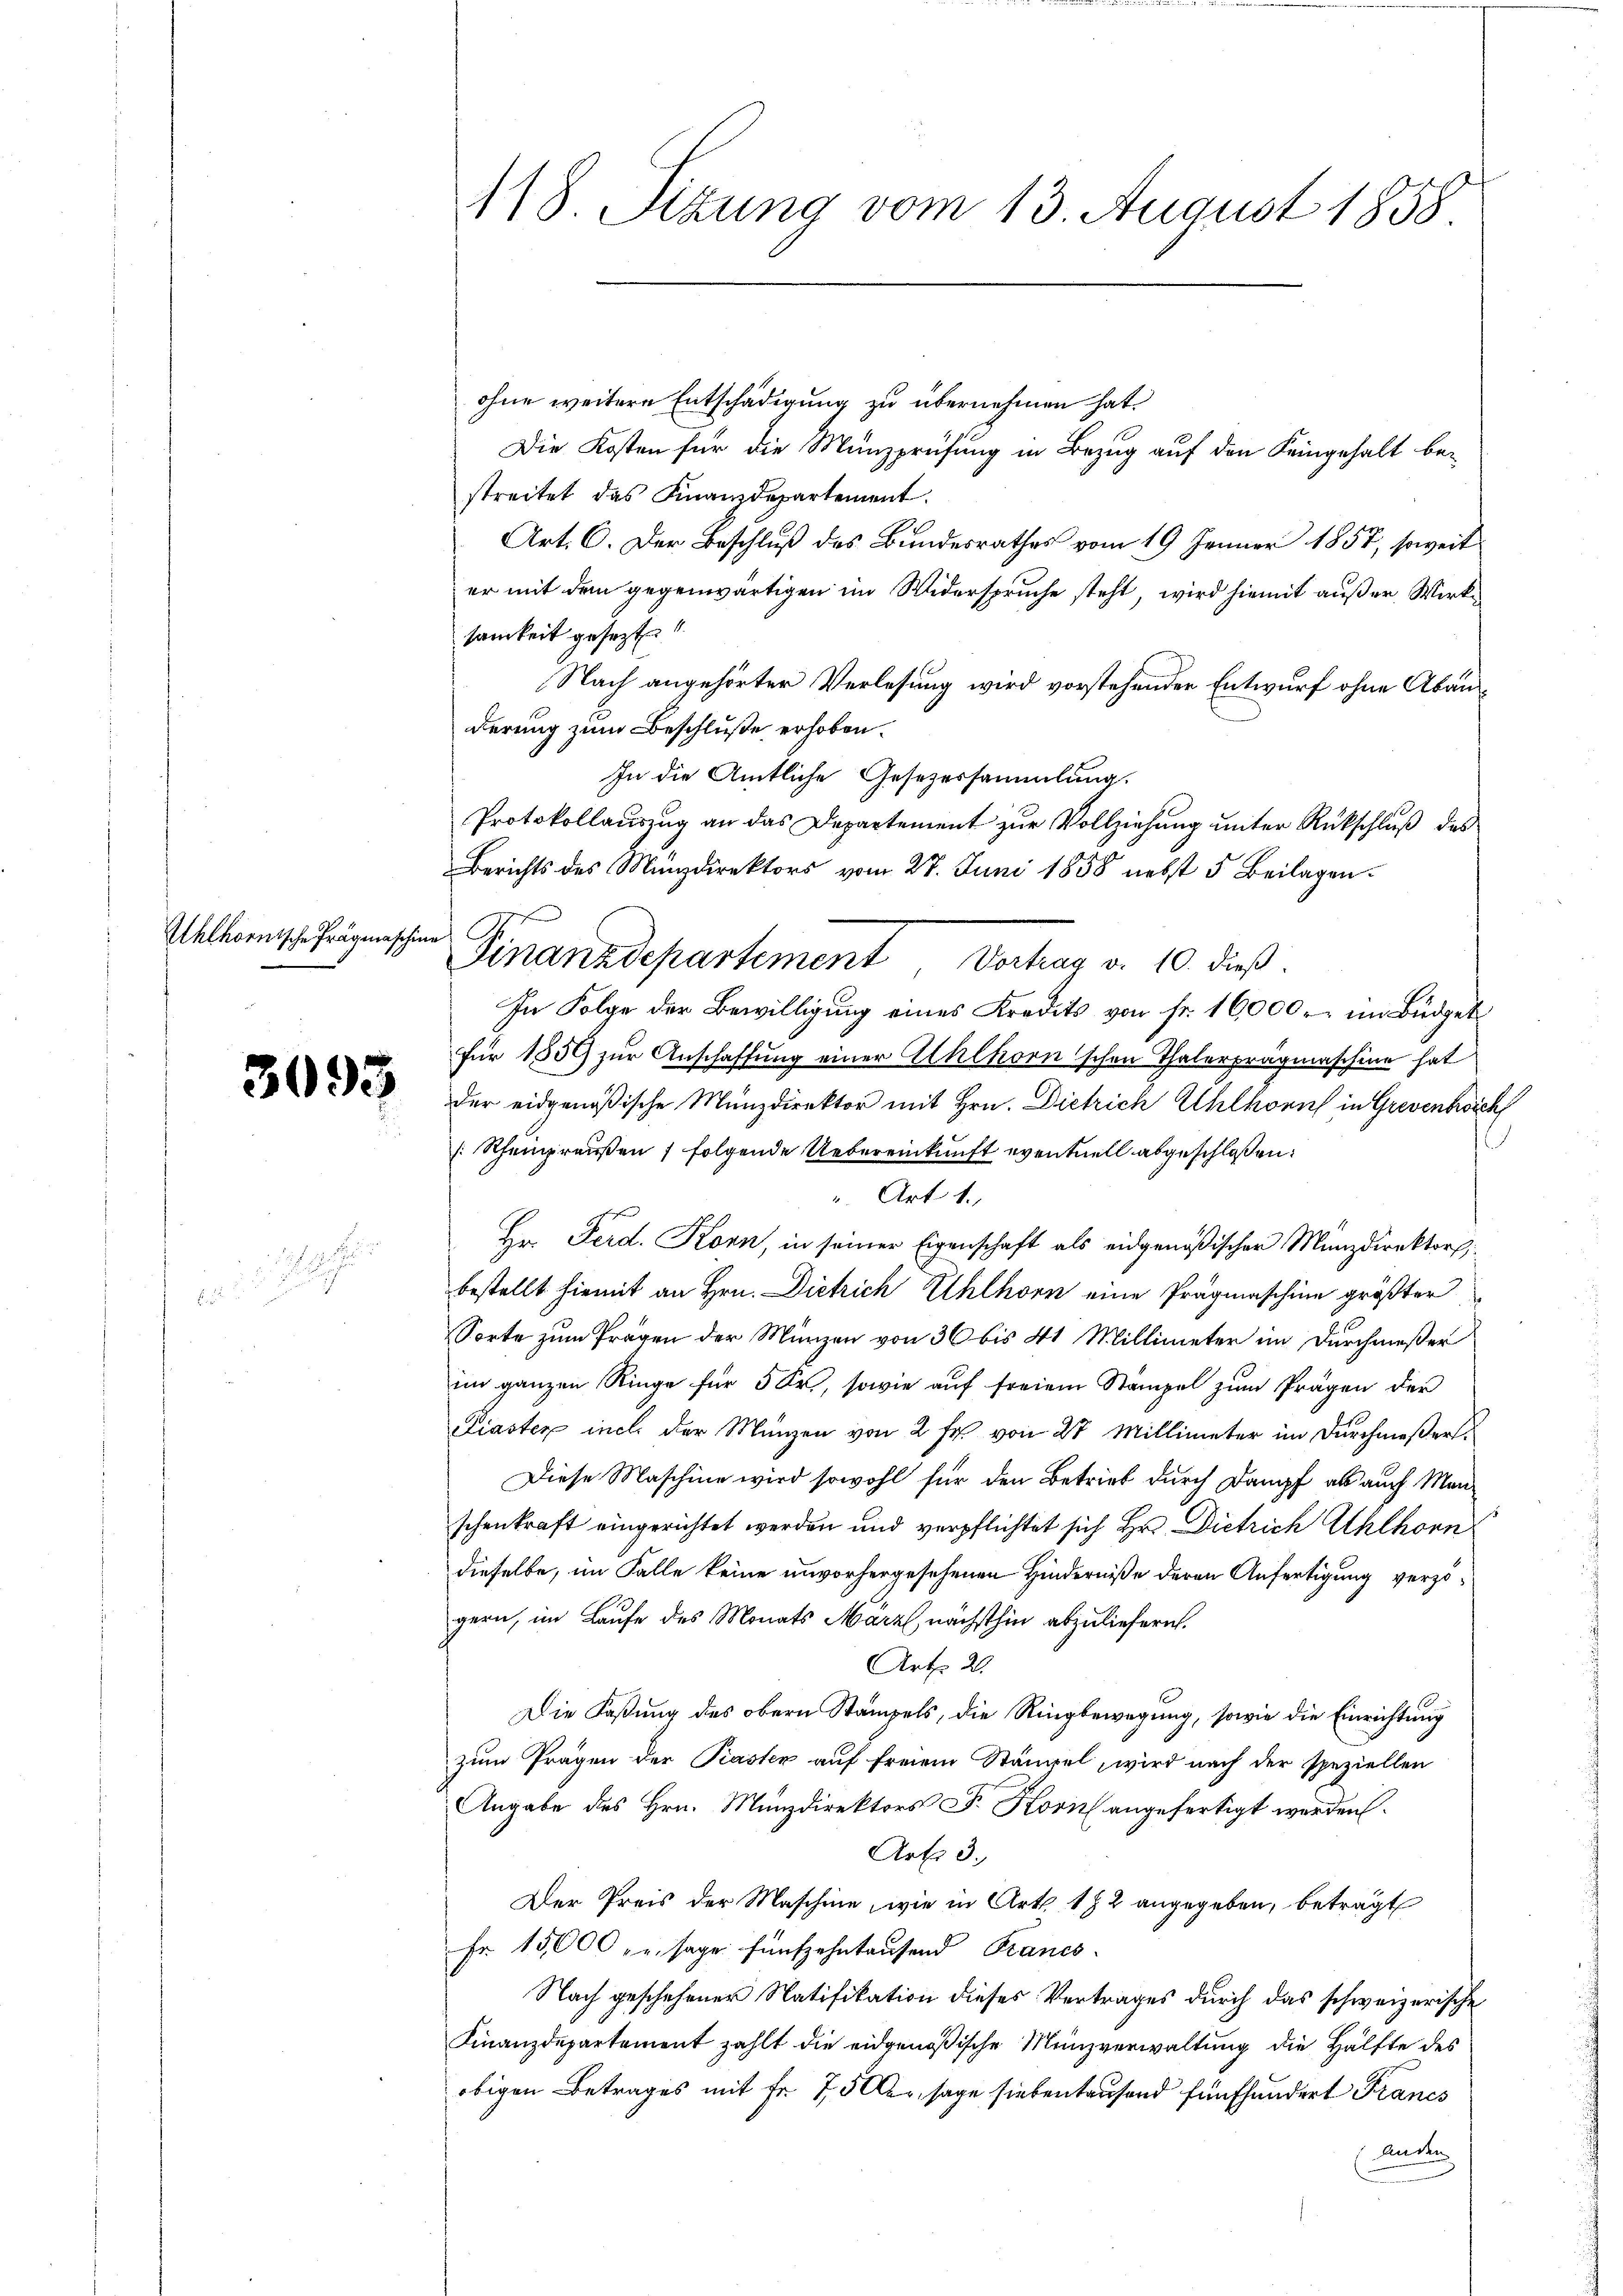
Uhlhornische Prägmaschin

3093

118. Sitzung vom 13 August 1858.

ohne weitere Entschädigung zu übernehmen hat.
Die Kosten für die Münzprüfung in Bezug auf den Seingehalt bestreitet das Finanzdepartement.
Art. C. Der Beschluß des Bundesrathes vom 19. Jänner 1857, soweit
er mit dem gegenwärtigen im Widerspruche steht, wird hiemit außer Wirksamkeit gesezt.
Nach angehörter Verlesung wird vorstehender Entwurf ohne Abanderung zum Beschluße erhoben.
In die Amtliche Gesezessammlung.
Protokollauszug an das Departement zur Vollziehung unter Rückschluß des
Berichts des Münzdirektors vom 27. Juni 1858 nebst 5 Beilagen¬
In Folge der Bewilligung eines Kredits von Fr. 16000 r. im Büdget
für 1859 zur Anschaffung einer Alhlkorn'schen Thalerpragmaschine hat
der eidgenößische Münzdirektor mit Hrn. Dietrich Uhlkonis in Greventwich
Schengraußen 1 folgende Uebereinkunft eventuell abgeschloßen:
. Art. 1.
Hr. Ferd. Konn, in seiner Eigenschaft als eidgenößischer Munzdirektors
bestellt hiemit an Hrn. Dietrich Uhlhorn eine Prägmaschine größter
Sorte zum Tragen der Münzen von 36 bis 41 Millimeter im Durchmeßer
im ganzen Ringe für 5 Fr., sowie auf freiem Stampel zum Prägen der
Piaster ich der Münzen von 2 Fr. von 27 Millimeter im Durchmeßers
Diese Maschine wird sowohl für den Betrieb durch Dampf als auch Man
schenkraft eingerichtet werden und verpflichtet sich Hr. Dietrich Ahlhorn
dieselbe, im Falle keine unvorhergesehenen Hinderniße deren Anfertigung verzogern, im Laufe des Monats März, nächsthin abzuliefern.
Art. 20.
Die Faßung des obern Stampels, die Ringbewegung, sowie die Einrichtung
zum Prägen der Pasten auf freiem Stämmel, wird nach der speziellen
Angabe des Hrn. Münzdirektors F. Korn angefertigt werden.
Art. 3.
Der Preis der Maschine, wie in Art. 182 angegeben, beträgt
Fr. 15000 u. sage fünfzehntausend Francs.
Nach geschehener Natifikation dieses Vertrages durch das schweizerische
Finanzdepartement zählt die eidgenößische Menzverwaltung die Hälfte des
obigen Betrages mit Fr. 75 er, sage siebenhausend fünfhundert Francs
Anden

s
Finanzdepartement Verhag v. 10. dieß